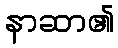
နာဆာ၏